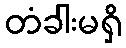
တံခါးမရှိ